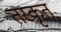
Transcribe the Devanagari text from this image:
तस्कृत